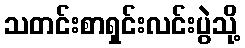
သတင်းစာရှင်းလင်းပွဲသို့